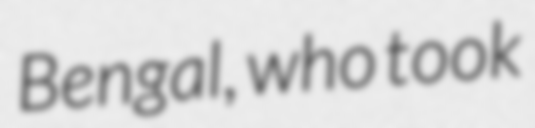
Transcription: Bengal, who took